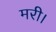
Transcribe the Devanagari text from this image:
मरी।